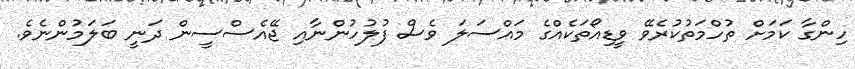
ހިންގާ ކަމަށް ތުހްމަތުކުރެވޭ ވީޑިއޯތަކެއްގެ މައްސަލަ ވެސް ފުލުހުންނާއި ޖޭއެސްސީން ދަނީ ބަލަމުންނެވެ.